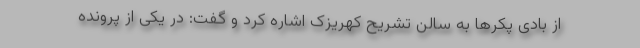
از بادی پکرها به سالن تشریح کهریزک اشاره کرد و گفت: در یکی از پرونده